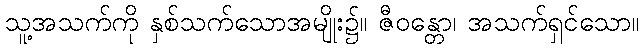
သူ့အသက်ကို နှစ်သက်သောအမျိုး၌။ ဇီဝန္တော၊ အသက်ရှင်သော။